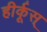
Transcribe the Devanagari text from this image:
हीर्कूस्